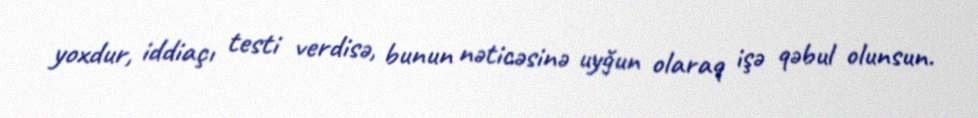
yoxdur, iddiaçı testi verdisə, bunun nəticəsinə uyğun olaraq işə qəbul olunsun.